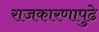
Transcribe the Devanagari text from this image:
राजकारणापुढे